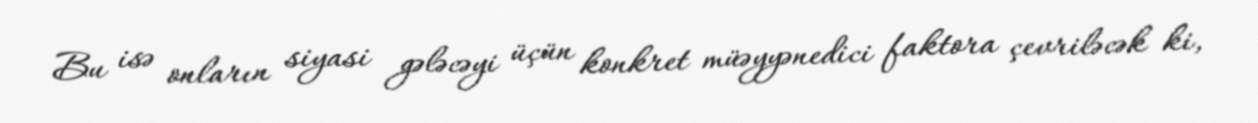
Bu isə onların siyasi gələcəyi üçün konkret müəyyənedici faktora çevriləcək ki,